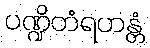
ပဏ္ဍိတံရဟန္တံ